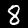
Digit: 8